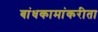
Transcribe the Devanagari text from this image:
बांधकामांकरीता